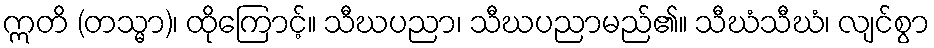
ဣတိ (တသ္မာ)၊ ထိုကြောင့်။ သီဃပညာ၊ သီဃပညာမည်၏။ သီဃံသီဃံ၊ လျင်စွာ